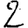
Digit: 2